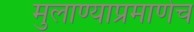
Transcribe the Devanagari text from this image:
मुलाण्याप्रमाणेच